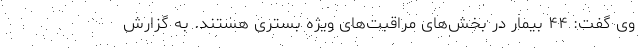
وی گفت: ۴۴ بیمار در بخش‌های مراقبت‌های ویژه بستری هستند. به گزارش